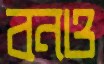
বনও